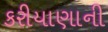
કરીયાણાની